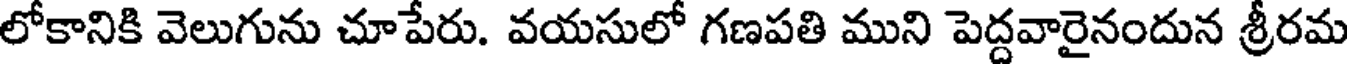
లోకానికి వెలుగును చూపేరు. వయసులో గణపతి ముని పెద్దవారైనందున శ్రీరమ